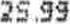
25.99